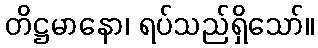
တိဋ္ဌမာနော၊ ရပ်သည်ရှိသော်။